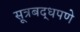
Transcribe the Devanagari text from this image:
सूत्रबद्धपणे